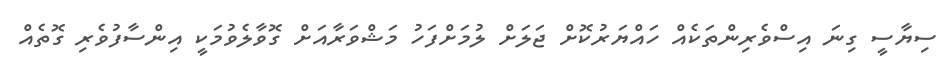
ސިޔާސީ ގިނަ އިސްވެރިންތަކެއް ހައްޔަރުކޮށް ޖަލަށް ލުމަށްފަހު މަޝްވަރާއަށް ގޮވާލެވުމަކީ އިންސާފުވެރި ގޮތެއް